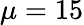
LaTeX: \mu=15